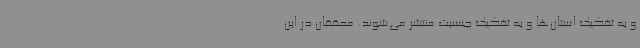
و به تفکیک استان‌ها و به تفکیک جنسیت منتشر می‌شوند. محققان در این